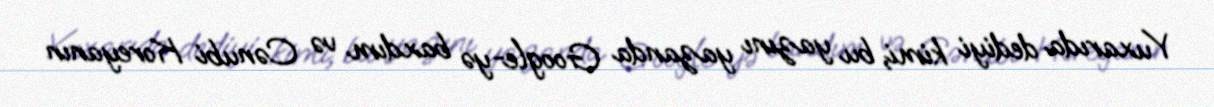
Yuxarıda dediyi kimi, bu yazını yazanda Google-yə baxdım və Cənubi Koreyanın